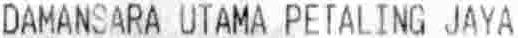
DAMANSARA UTAMA PETALING JAYA